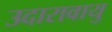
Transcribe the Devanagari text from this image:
उदारावायु